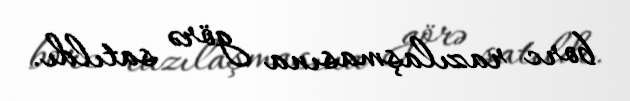
borc razılaşmasına görə satıldı.